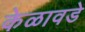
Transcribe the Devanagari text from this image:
केळावडे